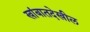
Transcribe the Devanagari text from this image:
खांबातदेखील